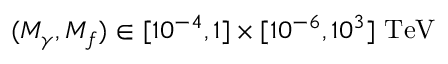
( M _ { \gamma } , M _ { f } ) \in [ 1 0 ^ { - 4 } , 1 ] \times [ 1 0 ^ { - 6 } , 1 0 ^ { 3 } ] \ \mathrm { T e V }